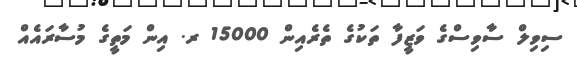
ސިވިލް ސާވިސްގެ ވަޒީފާ ތަކުގެ ތެރެއިން 15000 ރ. އިން މަތީގެ މުސާރައެއް